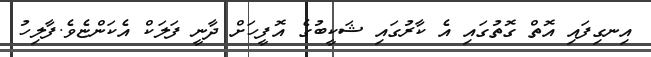
އިނގިފައި އޮތް ގޮތުގައި އެ ކާރުގައި ޝަކީބުގެ އޮފީހަށް ދާނީ ފަލަކް އެކަންޏެވެ.ފާލިހު